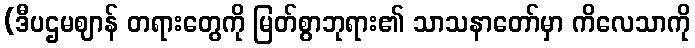
(ဒီပဌမဈာန် တရားတွေကို မြတ်စွာဘုရား၏ သာသနာတော်မှာ ကိလေသာကို